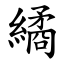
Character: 繘